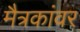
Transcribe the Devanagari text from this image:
मैत्रकांवर